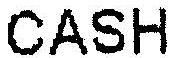
CASH